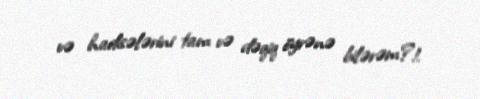
və hadisələrini tam və dəqiq öyrənə bilərəm?!.